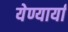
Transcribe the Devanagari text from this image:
येण्यार्या